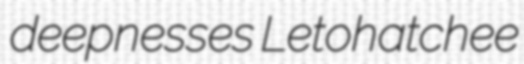
deepnesses Letohatchee